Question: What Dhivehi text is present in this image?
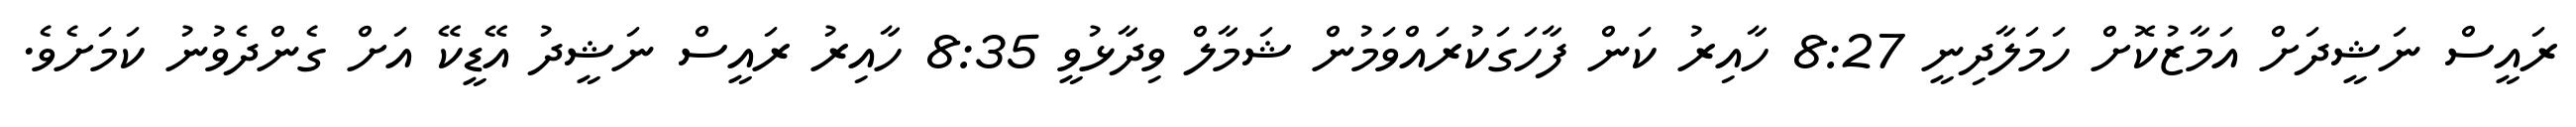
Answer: ރައީސް ނަޝީދަށް އަމާޒުކޮށް ހަމަލާދިނީ 8:27 ހާއިރު ކަން ފާހަގަކުރައްވަމުން ޝަމާލް ވިދާޅުވީ 8:35 ހާއިރު ރައީސް ނަޝީދު އޭޑީކޭ އަށް ގެންދެވުނު ކަމަށެވެ.